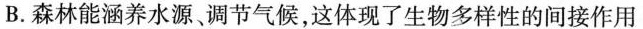
B.森林能涵养水源、调节气候，这体现了生物多样性的间接作用